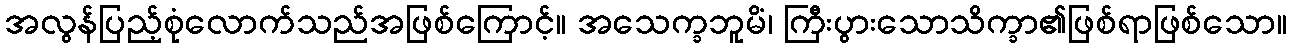
အလွန်ပြည့်စုံလောက်သည်အဖြစ်ကြောင့်။ အသေက္ခဘူမိံ၊ ကြီးပွားသောသိက္ခာ၏ဖြစ်ရာဖြစ်သော။